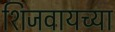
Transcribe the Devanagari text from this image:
शिजवायच्या